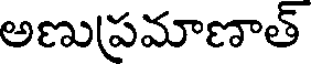
అణుప్రమాణాత్